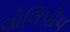
લોલિપોપ